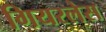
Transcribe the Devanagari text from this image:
गियरलेस